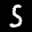
Label: 5